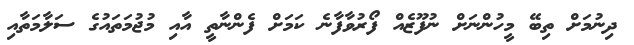
ދިނުމަށް ތިބޭ މީހުންނަށް ނުފޫޒެއް ފޯރުވާފާނެ ކަމަށް ފެންނާތީ އާއި މުޖުމަތައުގެ ސަލާމަތާއި